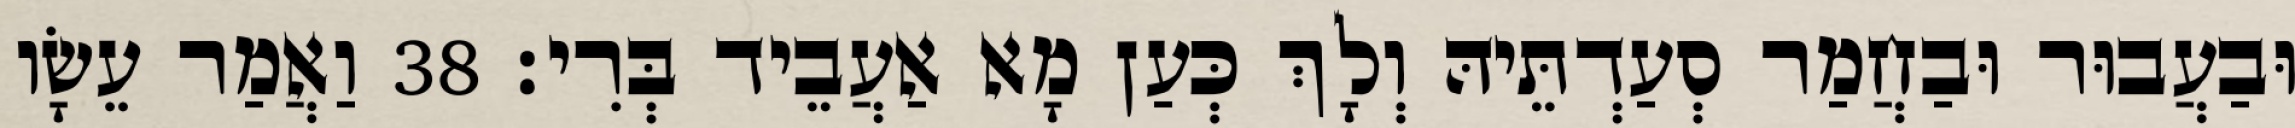
וּבַעֲבוּר וּבַחֲמַר סְעַדְתֵּיהּ וְלָךְ כְּעַן מָא אַעֲבֵיד בְּרִי׃ 38 וַאֲמַר עֵשָׂו